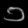
Digit: ၁